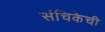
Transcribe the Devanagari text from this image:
संचिकेची